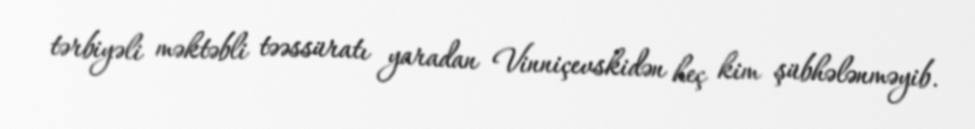
tərbiyəli məktəbli təəssüratı yaradan Vinniçevskidən heç kim şübhələnməyib.